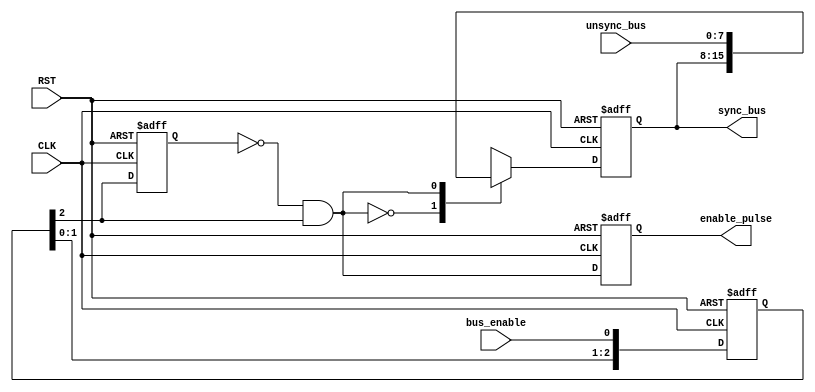
//NUM STAGES refer to Number of Flip Flop Stages
  //BUS_WIDTH  refer to Width of synchronized signal  
module DATA_SYNC

 (
  input wire                   CLK,
  input wire                   RST,
  input wire  [7:0] unsync_bus,
  input wire                   bus_enable,
  output reg   [7:0] sync_bus,
  output reg                    enable_pulse            
  );
  
   //internal connections
   reg   [2:0]    sync_flop;
   reg pulse_generator_flop;
   reg [7:0] sync_bus_internal;
   reg enable_pulse_internal;
//////////////////////////////////////////
   //output of multistages flipflops
  always @(posedge CLK or negedge RST)
  begin
    if(!RST)
      begin
         sync_flop<= 'b0 ;
     
      end
    else
      begin
       
         sync_flop <= {sync_flop[1:0],bus_enable} ; 
      
      end
  end
  
  //////////////////////////////////////////////
  //output of ff inside pulse generator
  always @(posedge CLK or negedge RST)
  begin
    if(!RST)
      begin
        
         pulse_generator_flop<= 'b0 ;
     
      end
    else
      begin
       
         pulse_generator_flop <=sync_flop[2] ; 
      
      end
  end
////////////////////////////////////////////////
// combinational output of pulse generator 
always @(*)
  begin
     enable_pulse_internal=!pulse_generator_flop&&sync_flop[2];
     
  end
////////////////////////////////////////////////////
//sequential output of pulse generator
  always @(posedge CLK or negedge RST)
  begin
    if(!RST)
      begin
         enable_pulse<= 'b0 ;
     
      end
    else
      begin
       
         enable_pulse <=enable_pulse_internal ; 
      
      end
  end
///////////////////////////////////////////

//output of mux 

//while there is no pulse(selection=0) remain 

//the same value on output bus
always @(*)
  begin
    case(enable_pulse_internal)
      0:begin
        sync_bus_internal=sync_bus;
      end
      1:begin
        sync_bus_internal=unsync_bus;
      end
    endcase
      end
//////////////////////////////////////////////
//the final output of data sync
always @(posedge CLK or negedge RST)
  begin
    if(!RST)
      begin
         sync_bus<= 'b0 ;
     
      end
    else
      begin
       
         sync_bus <=sync_bus_internal ; 
      
      end
  end
endmodule